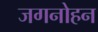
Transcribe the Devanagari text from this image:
जगनोहन